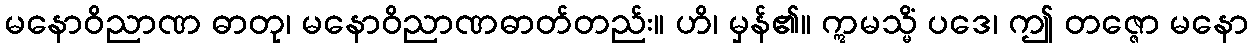
မနောဝိညာဏ ဓာတု၊ မနောဝိညာဏဓာတ်တည်း။ ဟိ၊ မှန်၏။ ဣမသ္မိံ ပဒေ၊ ဤ တဇ္ဇော မနော